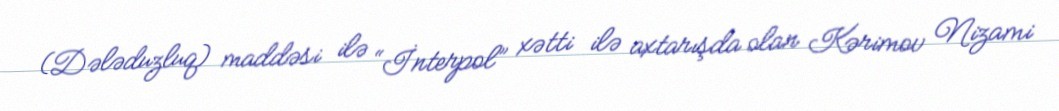
(Dələduzluq) maddəsi ilə “İnterpol” xətti ilə axtarışda olan Kərimov Nizami